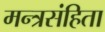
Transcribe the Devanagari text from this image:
मन्त्रसंहिता